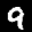
Label: 9